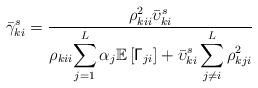
LaTeX: \begin{align*}\bar{\gamma}_{ki}^{s}=\frac{\rho_{kii}^{2}\bar{\upsilon}_{ki}^{s}}{\rho_{kii}{\displaystyle \sum_{j=1}^{L}\alpha_{j}\mathbb{E}\left[\mathsf{\Gamma}_{ji}\right]+\bar{\upsilon}_{ki}^{s}\sum_{j\neq i}^{L}\rho_{kji}^{2}}}\end{align*}